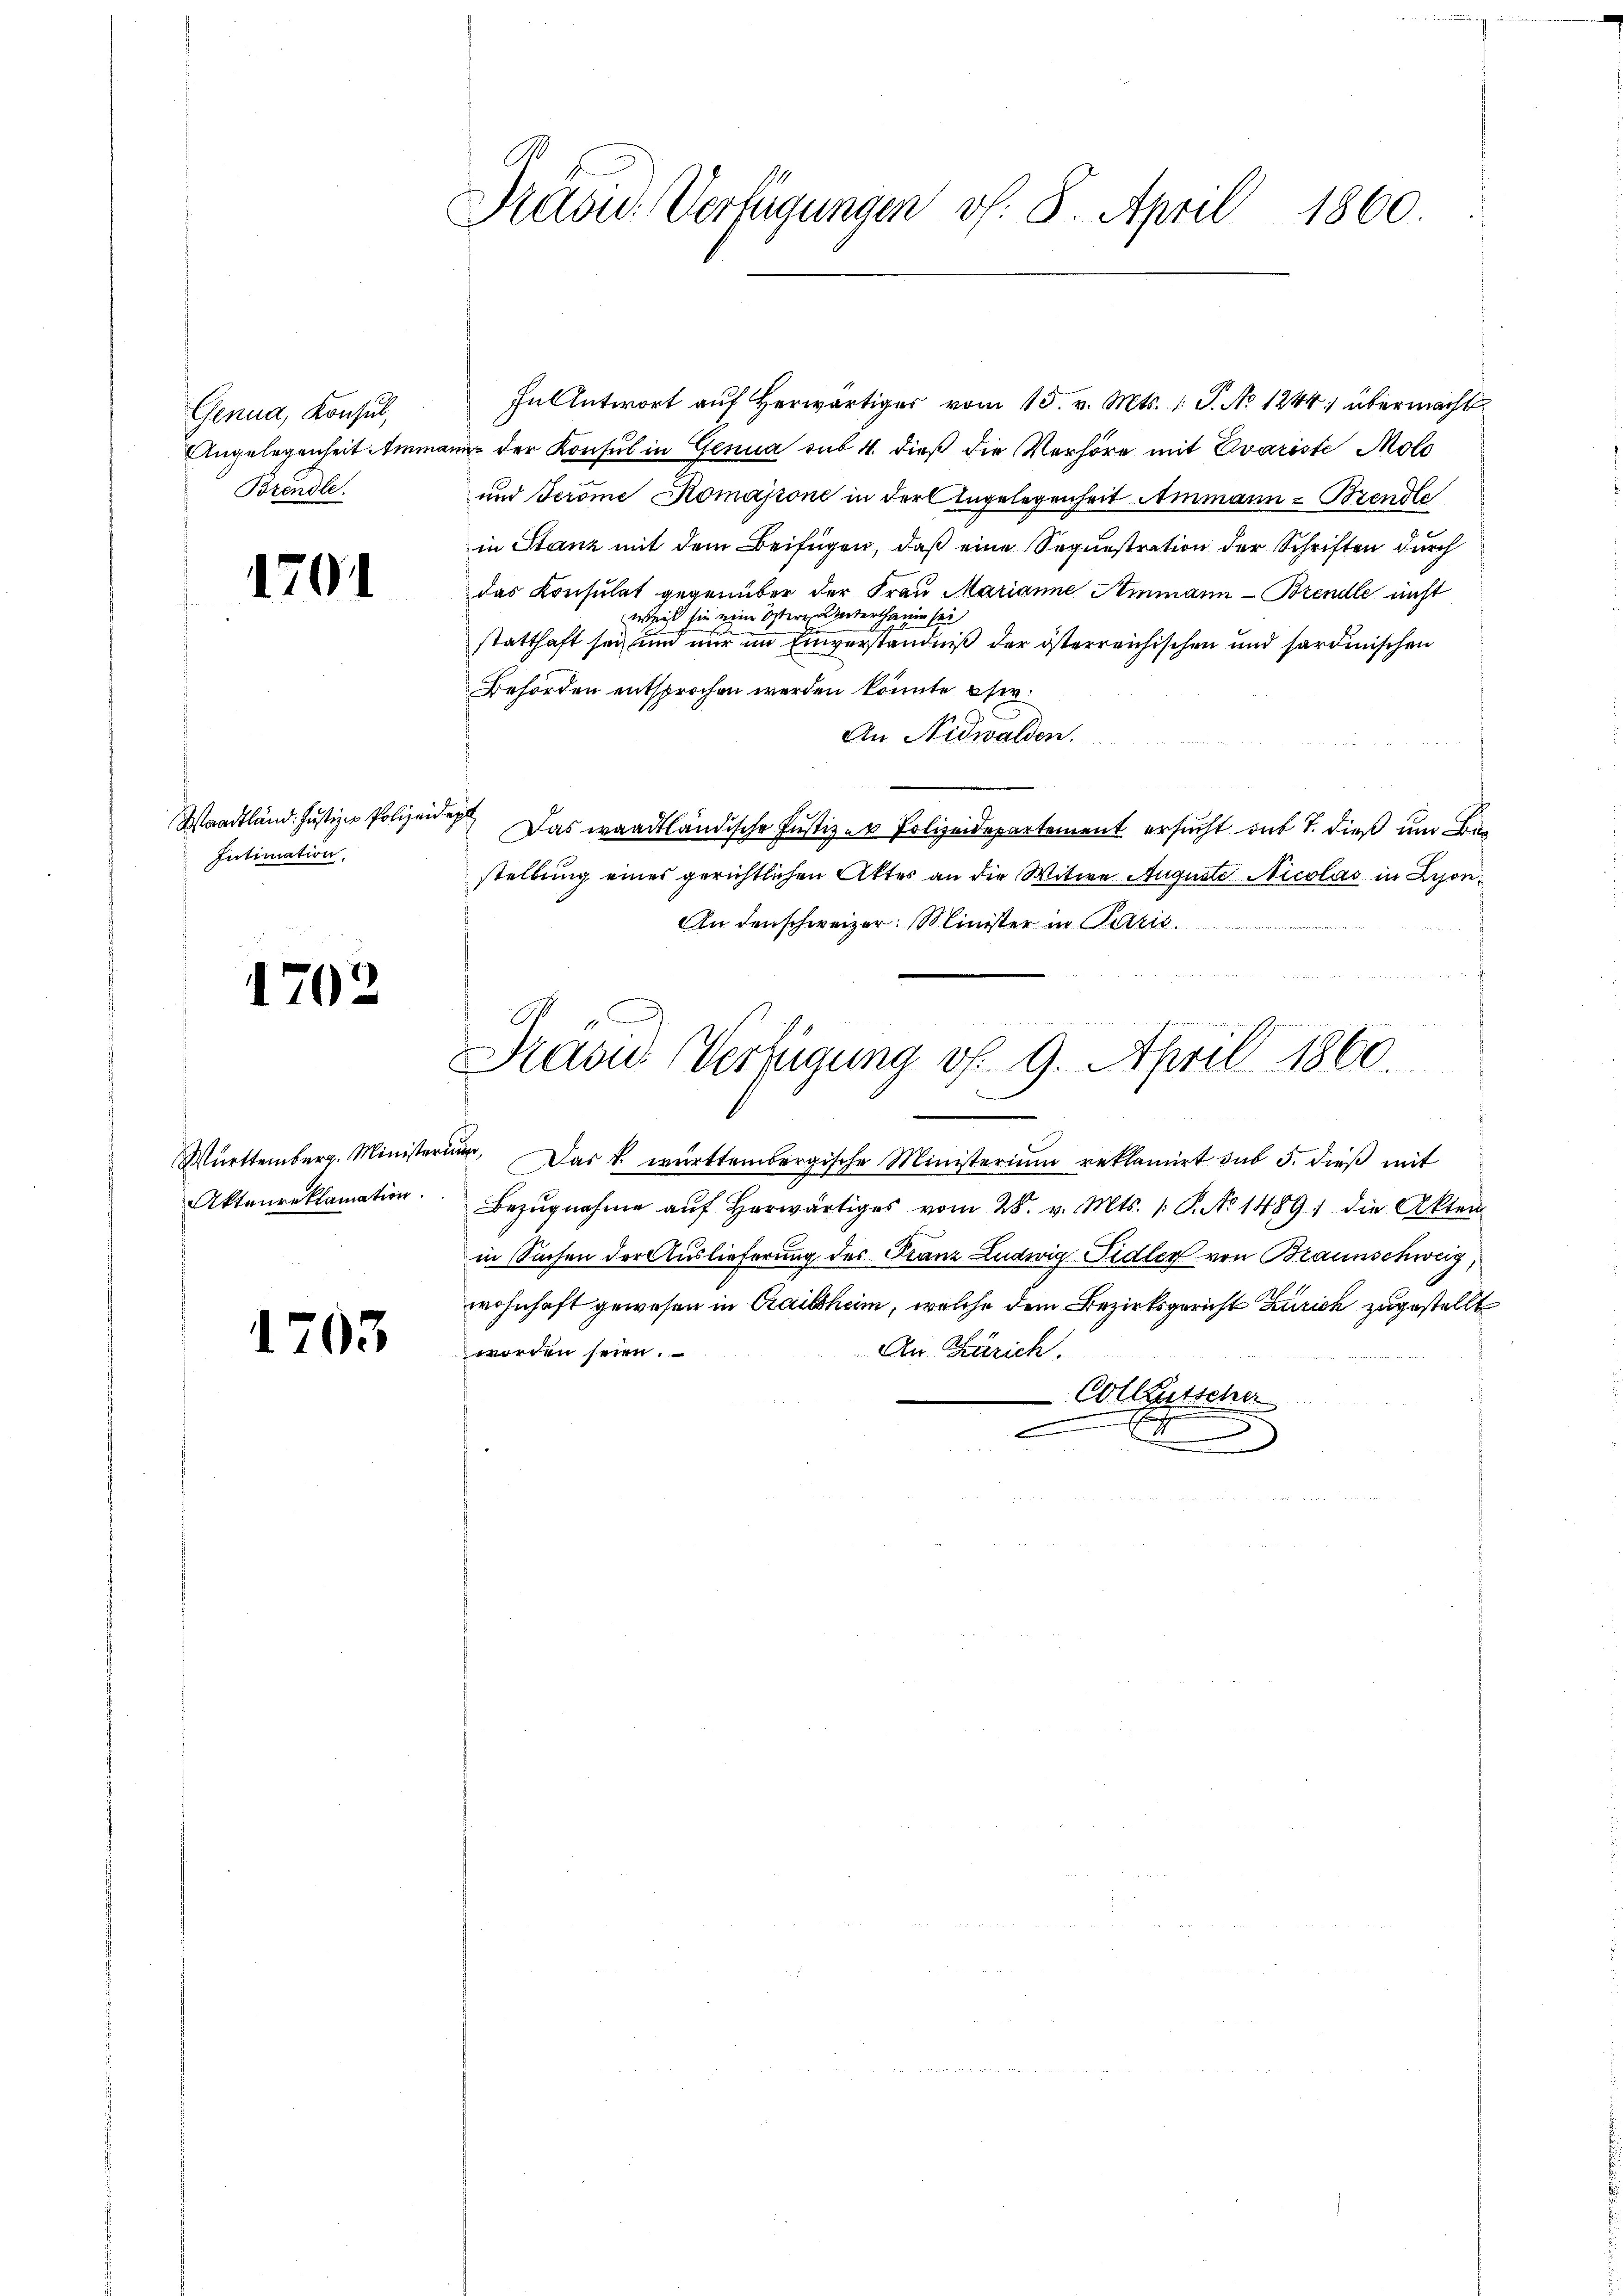
Genua, Konsul,
Angelegenheit Amm
Brendle.

1701

Waadtländ. Justiz - Polizeidep
Intimation.

1702

Aktenreklamation.

1703

Präsid. Verfügungen v. 8. April 1860.

In Antwort auf herwärtiges vom 15. v. Mts. 1 S. No 1244. übermacht
aus der Konsul in Genua sub 4. dieß die Verhöre mit Evariste Moto
und Jerome Komajone in der Angelegenheit Ammann - Brende
in Stanz mit dem Beifügen, daß eine Sequestration der Schriften durch
das Konsulat gegenüber der Frau Marianne Ammann-Brende nicht
weil sie von Oster Unterthane sei
statthaft sei und nur im Einverständniß der österreichischen und sardinischen
Behörden entsprochen werden könnte. Oser
An Nidwalden.
Das waadtländische Justiz- & Polizeidepartement ersucht mit 7. dieß um Bestellung eines gerichtlichen Aktes an die Witwe August Nicolas in Lyon¬
An den schweizer. Minister in Parzić.
I
Prasus Verfügung v. 9. April 1860.
Württemberg. Ministerium. Das k. württembergische Ministerium reklamirt sub 5. dieβ mit
Bezŭgnahme aŭf herwärtiges vom 28. v. Mts. 1. P. No 1489. die Akten
in Sachen der Auslieferung des Franz Ludwig Sidler von Braunschweig,
wohnhaft gewesen in Craissheim, welche dem Bezirksgericht Zürich zugestellt
An Zürich.
worden seien.
Colleutscher
E
.
3)